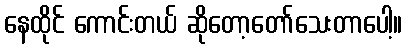
နေထိုင် ကောင်းတယ် ဆိုတော့တော်သေးတာပေါ့။